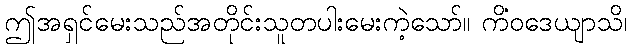
ဤအရှင်မေးသည်အတိုင်းသူတပါးမေးကဲ့သော်။ ကိံဝဒေယျာသိ၊